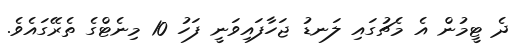
ދެ ޓީމުން އެ މެޗުގައި ލަނޑު ޖަހާފައިވަނީ ފަހު 10 މިނެޓްގެ ތެރޭގައެވެ.